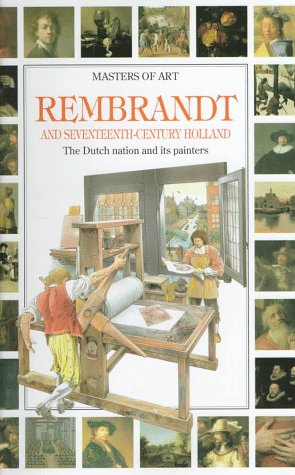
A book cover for Rembrandt and 17th Century Holland : The Dutch nation and its painters; Claudio Pescio; Teen & Young Adult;